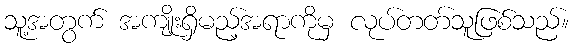
သူ့အတွက် အကျိုးရှိမည့်အရာကိုမှ လုပ်တတ်သူဖြစ်သည်။